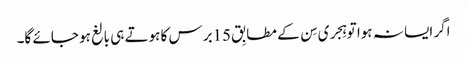
اگر ایسا نہ ہوا تو ہِجری سِن کے مطابِق 15برس کا ہوتے ہی بالغ ہو جائے گا۔